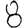
Digit: 8